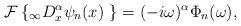
LaTeX: \begin{align*}\mathcal{F}\left\{ _{\infty}D_{x}^{\alpha}\psi_{n}(x)\ \right\}=(-i\omega)^{\alpha}\Phi_{n}(\omega),\end{align*}